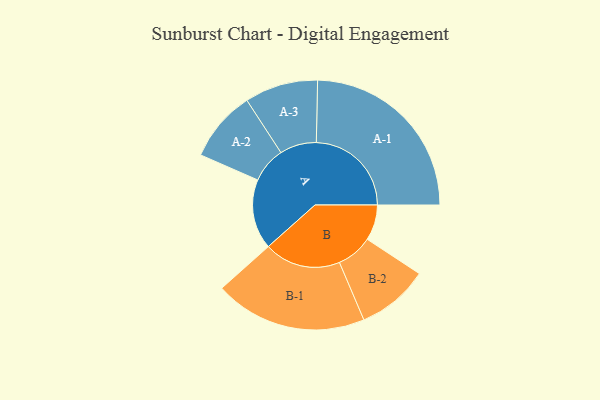
{"axis": {"x": "Segment", "y": "Value"}, "legend": ["", "A", "B"], "data": [{"x": "A", "y": 206, "type": ""}, {"x": "B", "y": 105, "type": ""}, {"x": "A-1", "y": 280, "type": "A"}, {"x": "A-2", "y": 105, "type": "A"}, {"x": "A-3", "y": 108, "type": "A"}, {"x": "B-1", "y": 225, "type": "B"}, {"x": "B-2", "y": 106, "type": "B"}]}